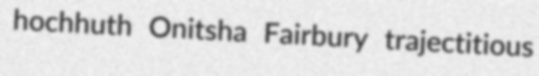
hochhuth Onitsha Fairbury trajectitious